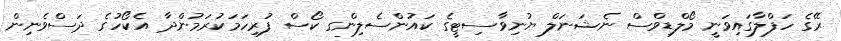
ރޭގެ ހަފްލާގައިވަނީ މޯލްޑިވްސް ނެޝަނަލް ޔުނިވާސިޓީގެ ކައުންސެލިންގ ކޯސް ފުރިހަމަކުރަމުންދާ އެކޯހުގެ ދަސްވެނިން